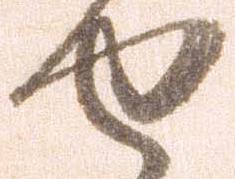
せ